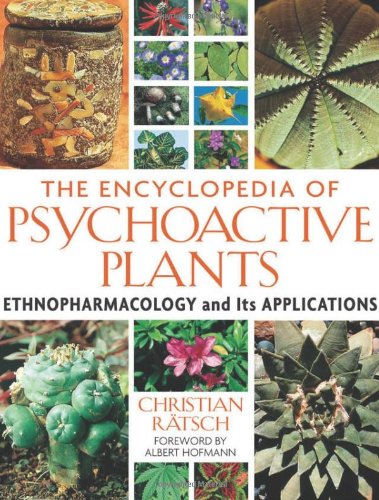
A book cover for The Encyclopedia of Psychoactive Plants: Ethnopharmacology and Its Applications; Christian Ratsch; Medical Books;